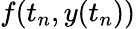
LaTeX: f(t_{n},y(t_{n}))